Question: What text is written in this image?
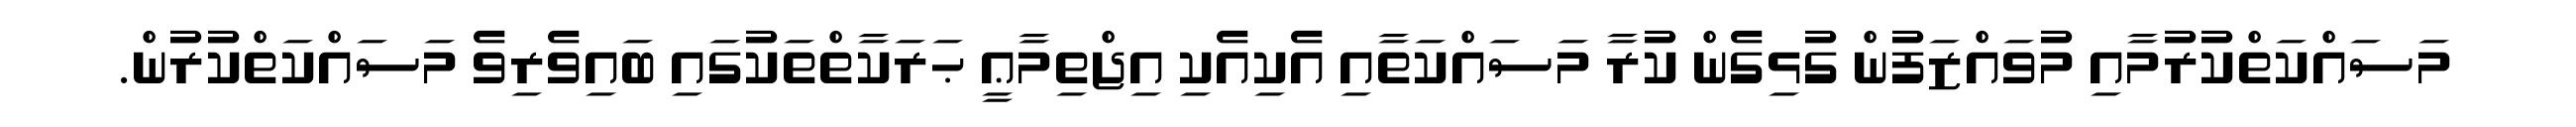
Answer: މަސައްކަތްކުރުމާއި މުވައްޒަފުން ގުޅިގެން ކުރާ މަސައްކަތާއި އެކިއެކި އިޖްތިމާޢީ ޙަރަކާތްތަކުގައި ބައިވެރިވެ މަސައްކަތްކުރުން.